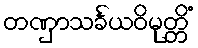
တဏှာသင်္ခယဝိမုတ္တိံ